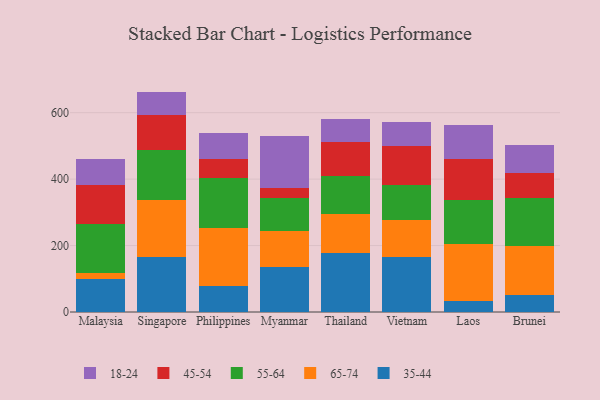
{"axis": {"x": "Country", "y": "Conversion Rate (%)"}, "legend": ["18-24", "35-44", "45-54", "55-64", "65-74"], "data": [{"x": "Malaysia", "y": 99.9, "type": "35-44"}, {"x": "Malaysia", "y": 17.3, "type": "65-74"}, {"x": "Malaysia", "y": 147.3, "type": "55-64"}, {"x": "Malaysia", "y": 117.3, "type": "45-54"}, {"x": "Malaysia", "y": 78.0, "type": "18-24"}, {"x": "Singapore", "y": 165.0, "type": "35-44"}, {"x": "Singapore", "y": 171.2, "type": "65-74"}, {"x": "Singapore", "y": 151.4, "type": "55-64"}, {"x": "Singapore", "y": 104.5, "type": "45-54"}, {"x": "Singapore", "y": 71.3, "type": "18-24"}, {"x": "Philippines", "y": 78.7, "type": "35-44"}, {"x": "Philippines", "y": 175.3, "type": "65-74"}, {"x": "Philippines", "y": 148.8, "type": "55-64"}, {"x": "Philippines", "y": 56.4, "type": "45-54"}, {"x": "Philippines", "y": 80.0, "type": "18-24"}, {"x": "Myanmar", "y": 134.3, "type": "35-44"}, {"x": "Myanmar", "y": 108.5, "type": "65-74"}, {"x": "Myanmar", "y": 101.1, "type": "55-64"}, {"x": "Myanmar", "y": 30.8, "type": "45-54"}, {"x": "Myanmar", "y": 154.5, "type": "18-24"}, {"x": "Thailand", "y": 178.1, "type": "35-44"}, {"x": "Thailand", "y": 116.3, "type": "65-74"}, {"x": "Thailand", "y": 115.0, "type": "55-64"}, {"x": "Thailand", "y": 102.9, "type": "45-54"}, {"x": "Thailand", "y": 67.3, "type": "18-24"}, {"x": "Vietnam", "y": 165.0, "type": "35-44"}, {"x": "Vietnam", "y": 111.7, "type": "65-74"}, {"x": "Vietnam", "y": 105.5, "type": "55-64"}, {"x": "Vietnam", "y": 118.7, "type": "45-54"}, {"x": "Vietnam", "y": 70.2, "type": "18-24"}, {"x": "Laos", "y": 34.5, "type": "35-44"}, {"x": "Laos", "y": 170.6, "type": "65-74"}, {"x": "Laos", "y": 132.0, "type": "55-64"}, {"x": "Laos", "y": 122.2, "type": "45-54"}, {"x": "Laos", "y": 102.1, "type": "18-24"}, {"x": "Brunei", "y": 51.9, "type": "35-44"}, {"x": "Brunei", "y": 145.3, "type": "65-74"}, {"x": "Brunei", "y": 144.5, "type": "55-64"}, {"x": "Brunei", "y": 75.8, "type": "45-54"}, {"x": "Brunei", "y": 85.1, "type": "18-24"}]}